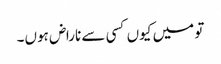
تو میں کیوں کسی سے ناراض ہوں۔